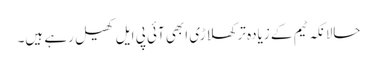
حالانکہ ٹیم کے زیادہ تر کھلاڑی ابھی آئی پی ایل کھیل رہے ہیں۔